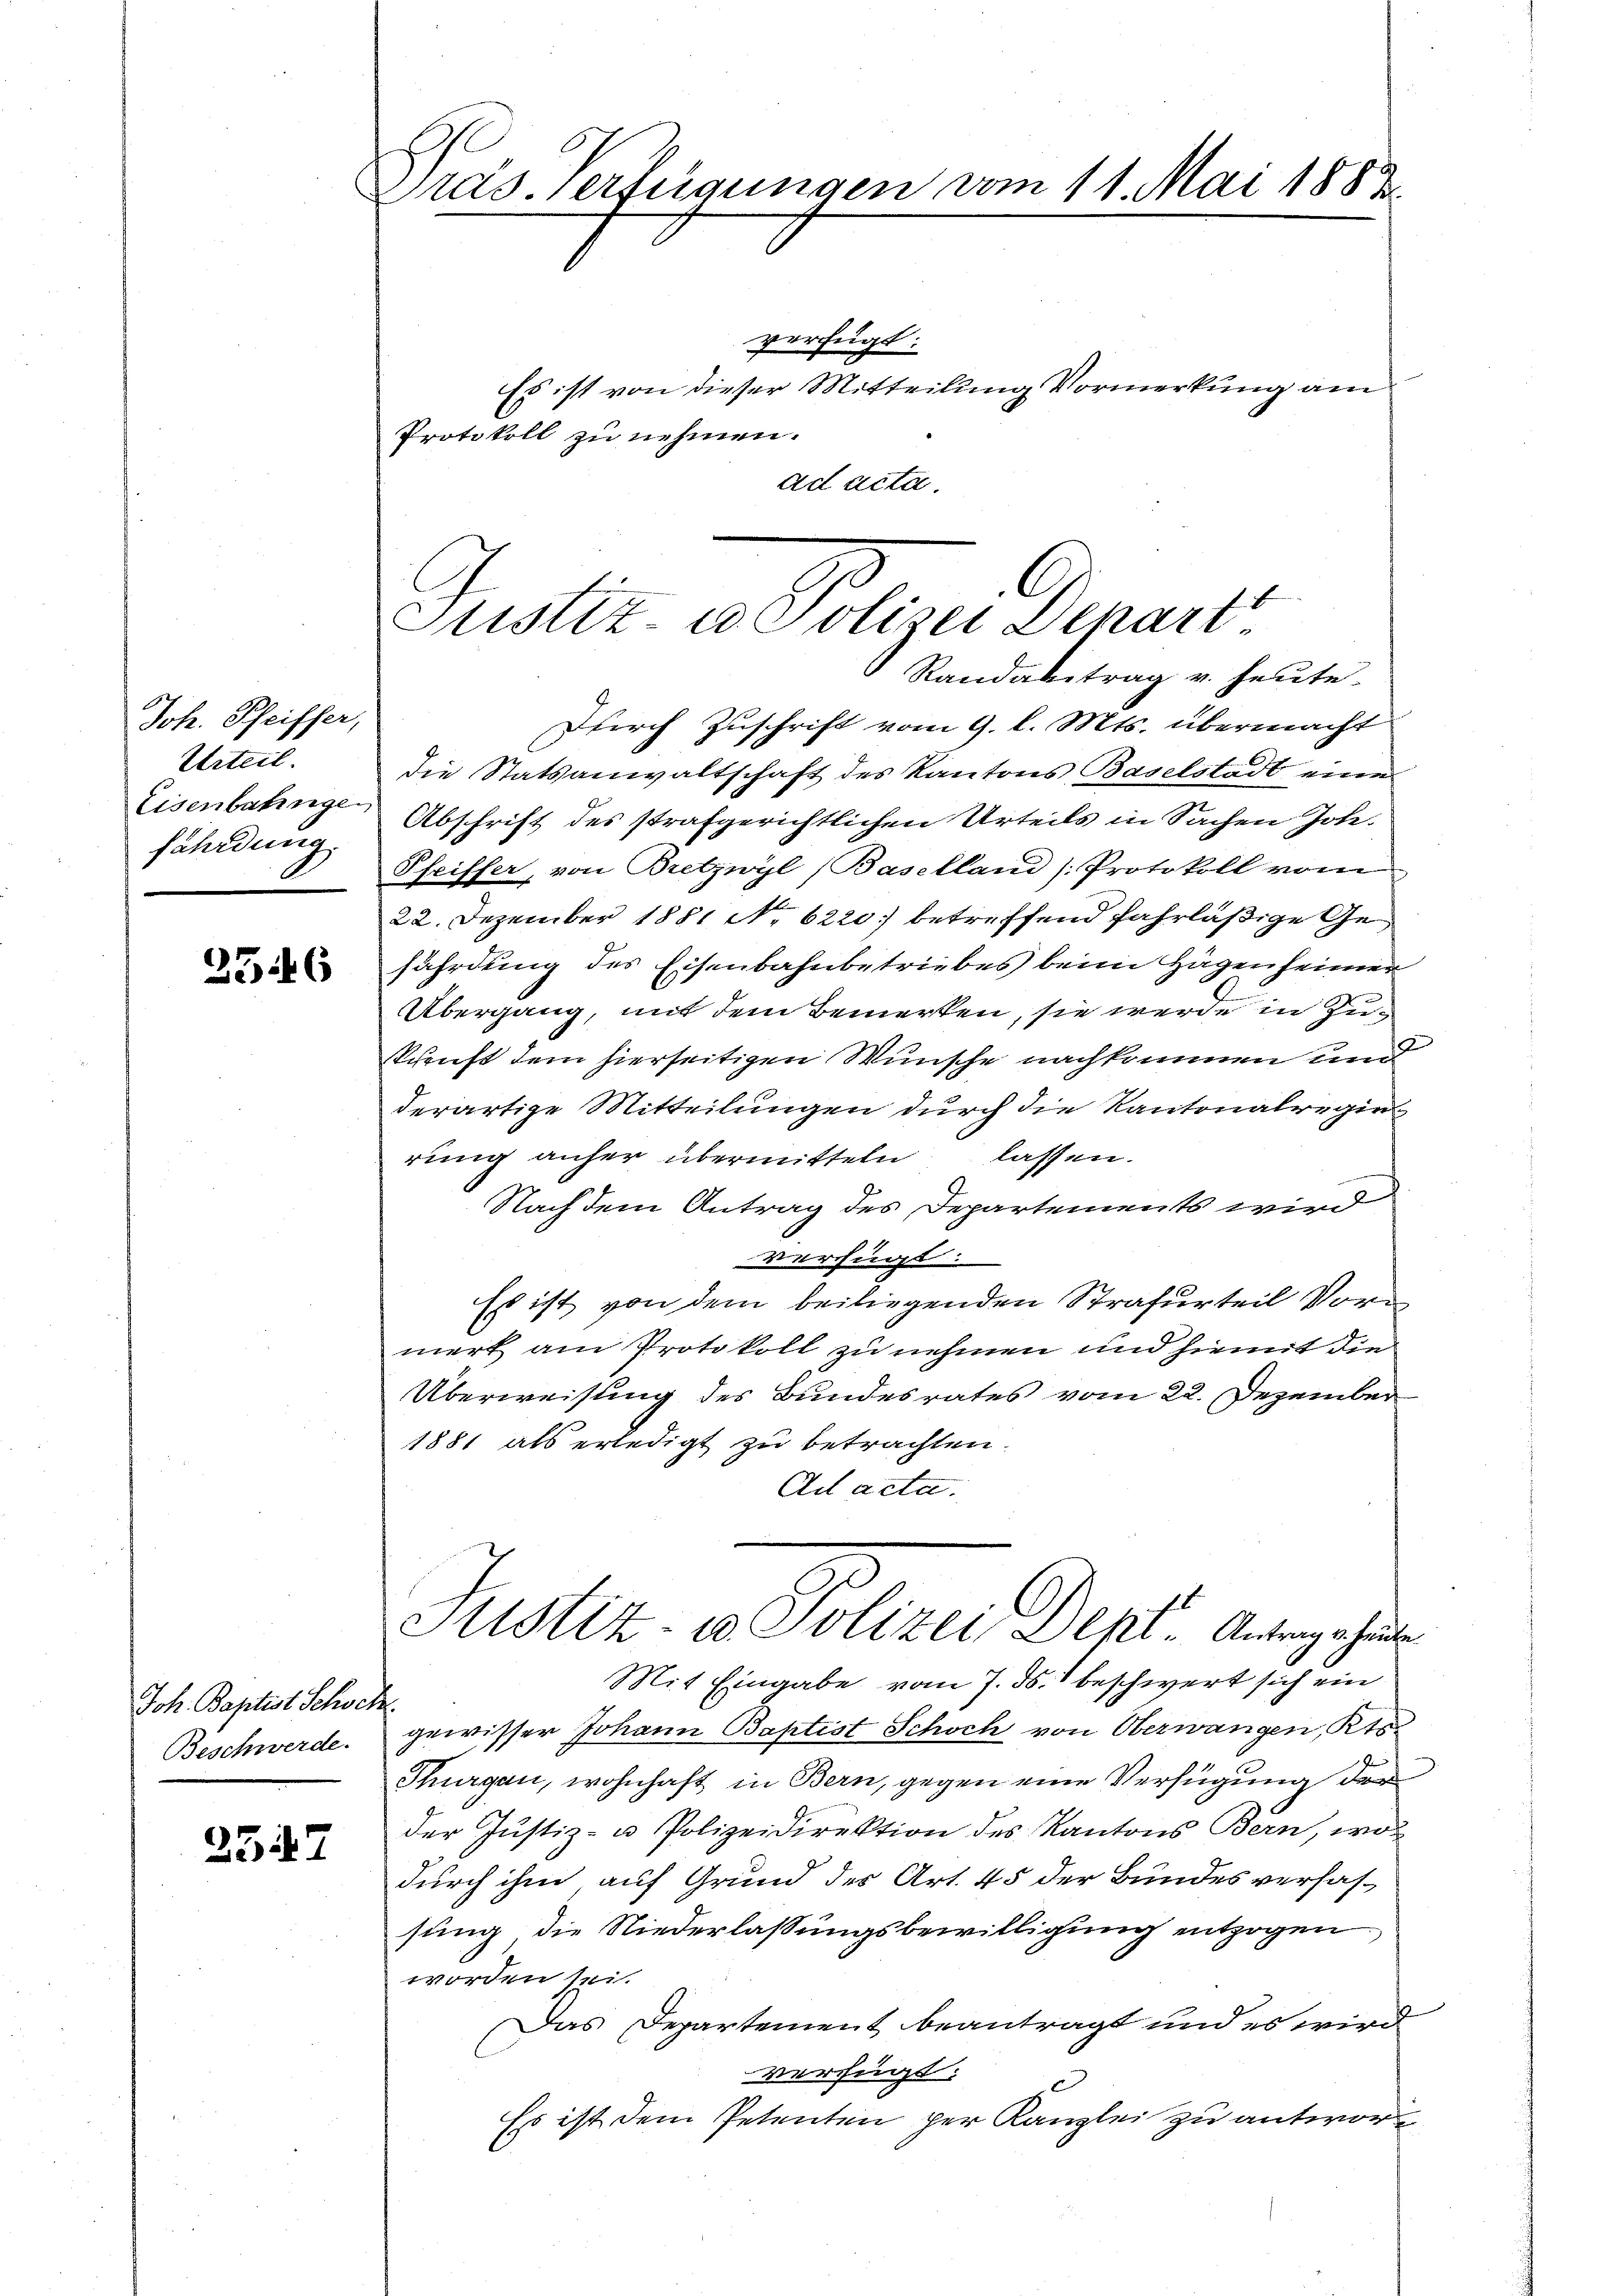
Joh. Pfeiffer,
Urteil.
Eisenbahnge
fährdung.

2346

Joh. Baptist Schock.
Beschwerde.

2547

Präs. Verfügungen vom 11. Mai 1882

verfügt:
Es ist von dieser Mitteilung Vormerkung am
Protokoll zu nehmen.
ad acta.

C
Justiz u. Polizei Depart
Randabtrag v. heute.

Durch Zuschrift vom 9. l. Mts. übermacht
die Statsanwaltschaft des Kantons Baselstadt eine
Abschrift des strafgerichtlichen Urteils in Sachen Joh.
Pfeiffer, von Bretzwyl (Baselland Protokoll vom
22. Dezember 1881 No. 6220) betreffend fahrläßige Gefährdung des Eisenbahnbetriebes beim Hagen heimer
Übergang, mit dem Bemerken, sie werde in Zuschrift dem hierseitigen Wünsche nachkommen und
derartige Mitteilungen durch die Kantonalregie
rung anher übermitteln lassen.
Nach dem Antrag des Departements wird
verfügt:
Es ist von dem beiliegenden Strafurteil Vormerk am Protokoll zu nehmen und hiemit die
Überweisung des Bundesrates vom 22. Dezember
1881 als erledigt zu betrachten.
Ad acta.
Sistiz- u Polizei Dept. Antrage heute
Mit Eingabe vom 7. ds. beschwert sich ein
gewisser Johann Baptist Schoch von Oberwangen, Kts.
Thurgau, wohnhaft in Bern, gegen eine Verfügung der
der Justiz- u Polizeidirektion des Kantons Bern, wo
durch ihm auf Grund des Art. 45 der Bundesverfassung die Niederlassungsbewilligung entzogen
worden sei.
Das Departement beantragt und es wird
verfügt:
Es ist dem Petenten per Kanzlei zu antworte